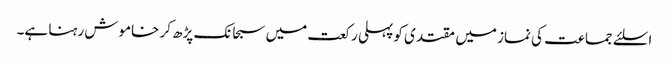
اسلئے جماعت کی نماز میں مقتدی کو پہلی رکعت میں سبحانک پڑھ کر خاموش رہنا ہے۔